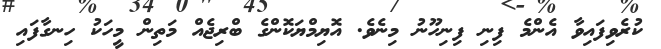
ކުރެވިފައިވާ އެންމެ ފިނި ފިނިހޫނު މިނެވެ. އޮޔިމްޔަކޮންގެ ބްރިޖެއް މަތިން މީހަކު ހިނގާފައި